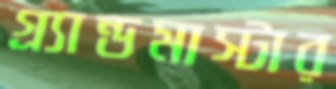
গ্র্যান্ডমাস্টার